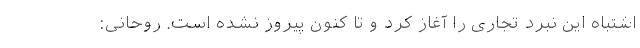
اشتباه این نبرد تجاری را آغاز کرد و تا کنون پیروز نشده است. روحانی: